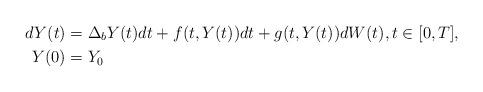
LaTeX: \begin{align*}dY(t) &= \Delta_bY(t)dt + f(t,Y(t))dt + g(t,Y(t))dW(t), t \in [0,T],\\Y(0) &= Y_0\end{align*}